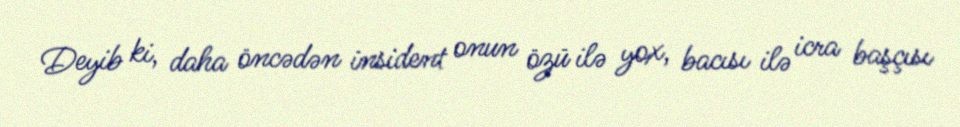
Deyib ki, daha öncədən insident onun özü ilə yox, bacısı ilə icra başçısı